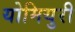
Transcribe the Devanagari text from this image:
योमियुरी